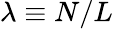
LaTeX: \lambda\equiv N/L